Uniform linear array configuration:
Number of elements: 16
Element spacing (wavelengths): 0.25
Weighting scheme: cosine
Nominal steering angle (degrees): -15
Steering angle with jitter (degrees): -15.529
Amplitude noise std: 0.05
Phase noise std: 0.05

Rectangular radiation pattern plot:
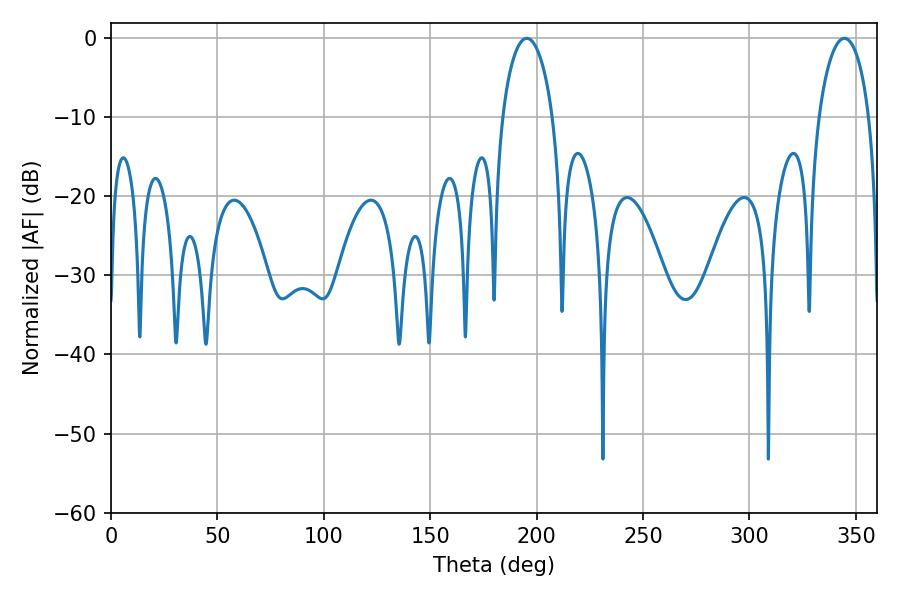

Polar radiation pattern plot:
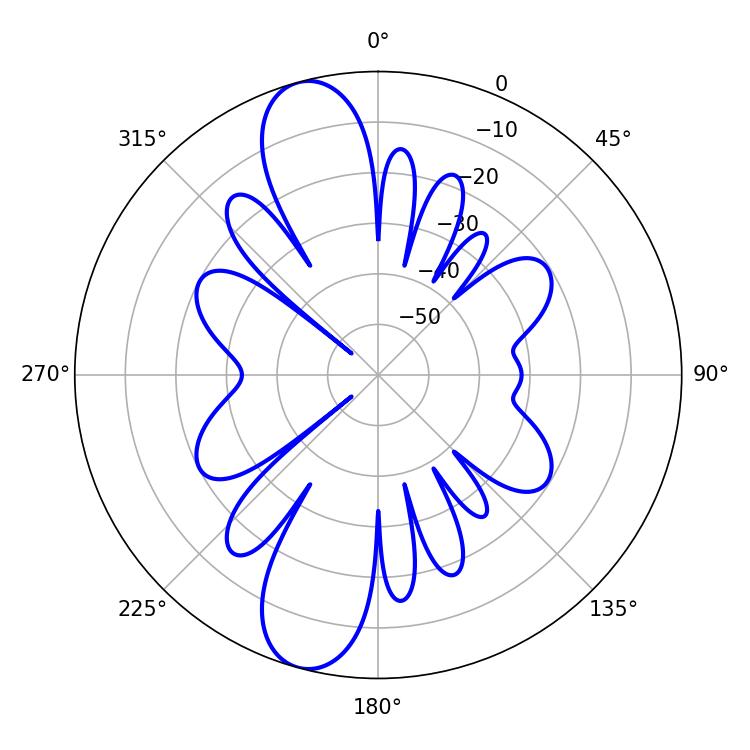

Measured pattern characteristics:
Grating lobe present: FALSE
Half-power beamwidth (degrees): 13.68
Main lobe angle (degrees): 344.7